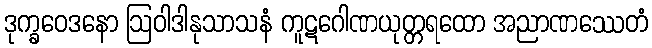
ဒုက္ခဝေဒနော ဩဝါဒါနုသာသနံ ကူဋဂေါဏယုတ္တရထော အညာဏဿေတံ